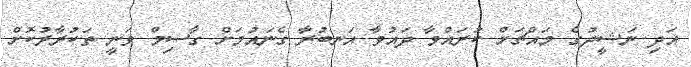
އަދި ނަޝީދުގެ މައްޗަށް ކުރައްވާ ދައުވާ އަނބުރާ ގެނައުމަށް ގާސިމް ވަނީ ތަކުރާރުކޮށް